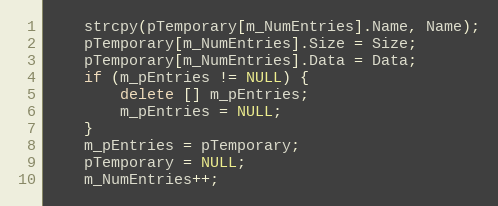
Language: C++
	strcpy(pTemporary[m_NumEntries].Name, Name);
	pTemporary[m_NumEntries].Size = Size;
	pTemporary[m_NumEntries].Data = Data;
	if (m_pEntries != NULL) {
		delete [] m_pEntries;
		m_pEntries = NULL;
	}
	m_pEntries = pTemporary;
	pTemporary = NULL;
	m_NumEntries++;